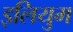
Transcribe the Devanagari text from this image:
इलियुम